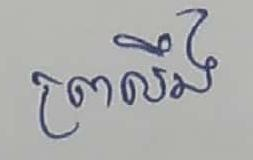
ព្រលឹង